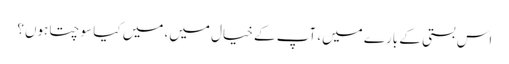
اس بستی کے بارے میں، آپ کے خیال میں، میں کیا سوچتا ہوں؟